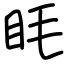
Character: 眊